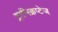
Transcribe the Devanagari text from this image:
ट्रान्स्क्रिप्टेज